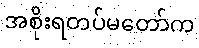
အစိုးရတပ်မတော်က